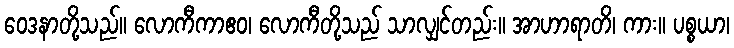
ဝေဒနာတို့သည်။ လောကီကာဧဝ၊ လောကီတို့သည် သာလျှင်တည်း။ အာဟာရာတိ၊ ကား။ ပစ္စယာ၊